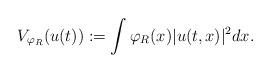
LaTeX: \begin{align*}V_{\varphi_R}(u(t)):= \int \varphi_R(x) |u(t,x)|^2 dx.\end{align*}